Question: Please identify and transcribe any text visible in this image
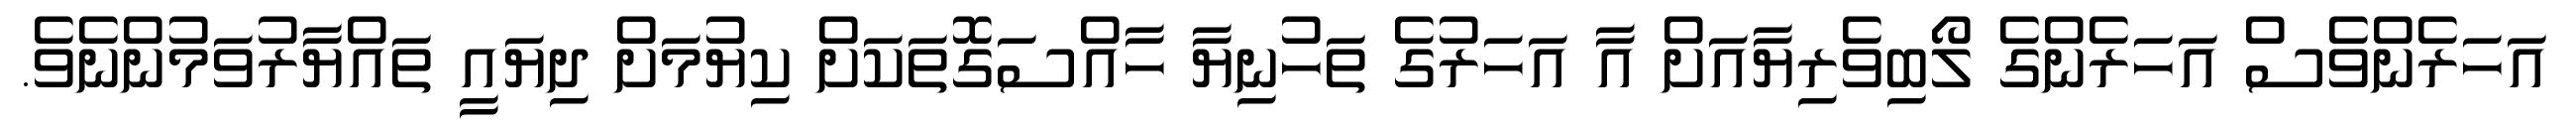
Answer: އަހަރެންވެސް އަހަރެންގެ ލޯބިވެރިޔާއަށް އާ އަހަރުގެ ތަހުނިޔާ ހާއްސަގޮތަކަށް ކިޔުމަށް ދިޔައީ ތައްޔާރުވަމުންނެވެ.